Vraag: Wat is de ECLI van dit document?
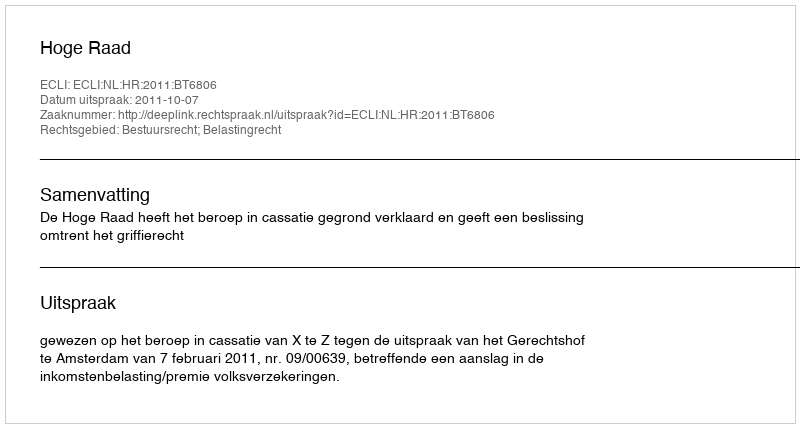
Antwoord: ECLI:NL:HR:2011:BT6806